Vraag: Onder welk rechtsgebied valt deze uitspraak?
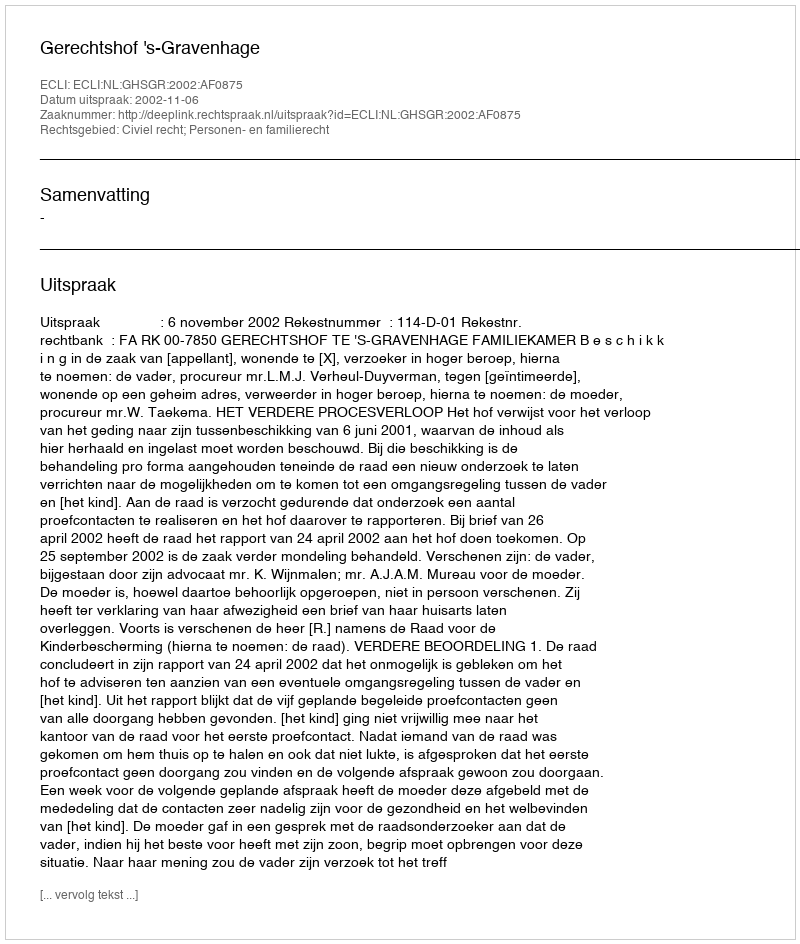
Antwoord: Civiel recht; Personen- en familierecht